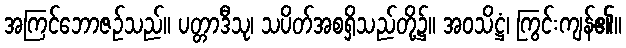
အကြင်ဘောဇဉ်သည်။ ပတ္တာဒီသု၊ သပိတ်အစရှိသည်တို့၌။ အဝသိဋ္ဌံ၊ ကြွင်းကျန်၏။